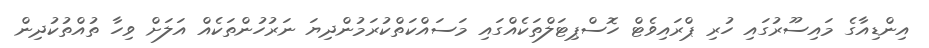
އިންޑިއާގެ މައިސޫރުގައި ހުރި ޕްރައިވެޓް ހޮސްޕިޓަލްތަކެއްގައި މަސައްކަތްކުރަމުންދިޔަ ނަރުހުންތަކެއް އަލަށް ވިހާ ތުއްތުކުދިން